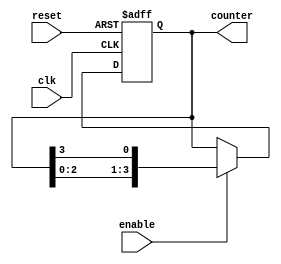
module ring_counter_enable (
    input wire clk,
    input wire reset,
    input wire enable,
    output reg [3:0] counter
);

always @(posedge clk or posedge reset) begin
    if (reset) begin
        counter <= 4'b0000;
    end else if (enable) begin
        counter <= {counter[2:0], counter[3]};
    end
end

endmodule